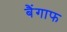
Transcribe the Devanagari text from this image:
बैंगाफ